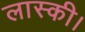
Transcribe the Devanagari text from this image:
लास्की।